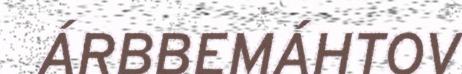
ÁRBBEMÁHTOV